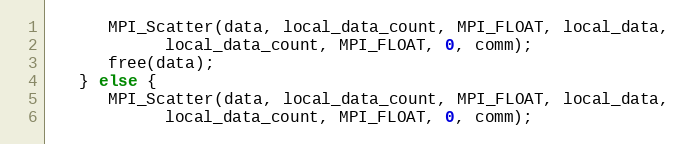
Language: C
      MPI_Scatter(data, local_data_count, MPI_FLOAT, local_data,
            local_data_count, MPI_FLOAT, 0, comm);
      free(data);
   } else {
      MPI_Scatter(data, local_data_count, MPI_FLOAT, local_data,
            local_data_count, MPI_FLOAT, 0, comm);